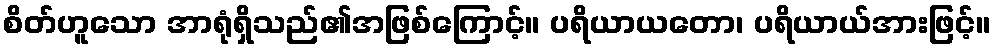
စိတ်ဟူသော အာရုံရှိသည်၏အဖြစ်ကြောင့်။ ပရိယာယတော၊ ပရိယာယ်အားဖြင့်။